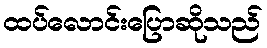
ထပ်လောင်းပြောဆိုသည်